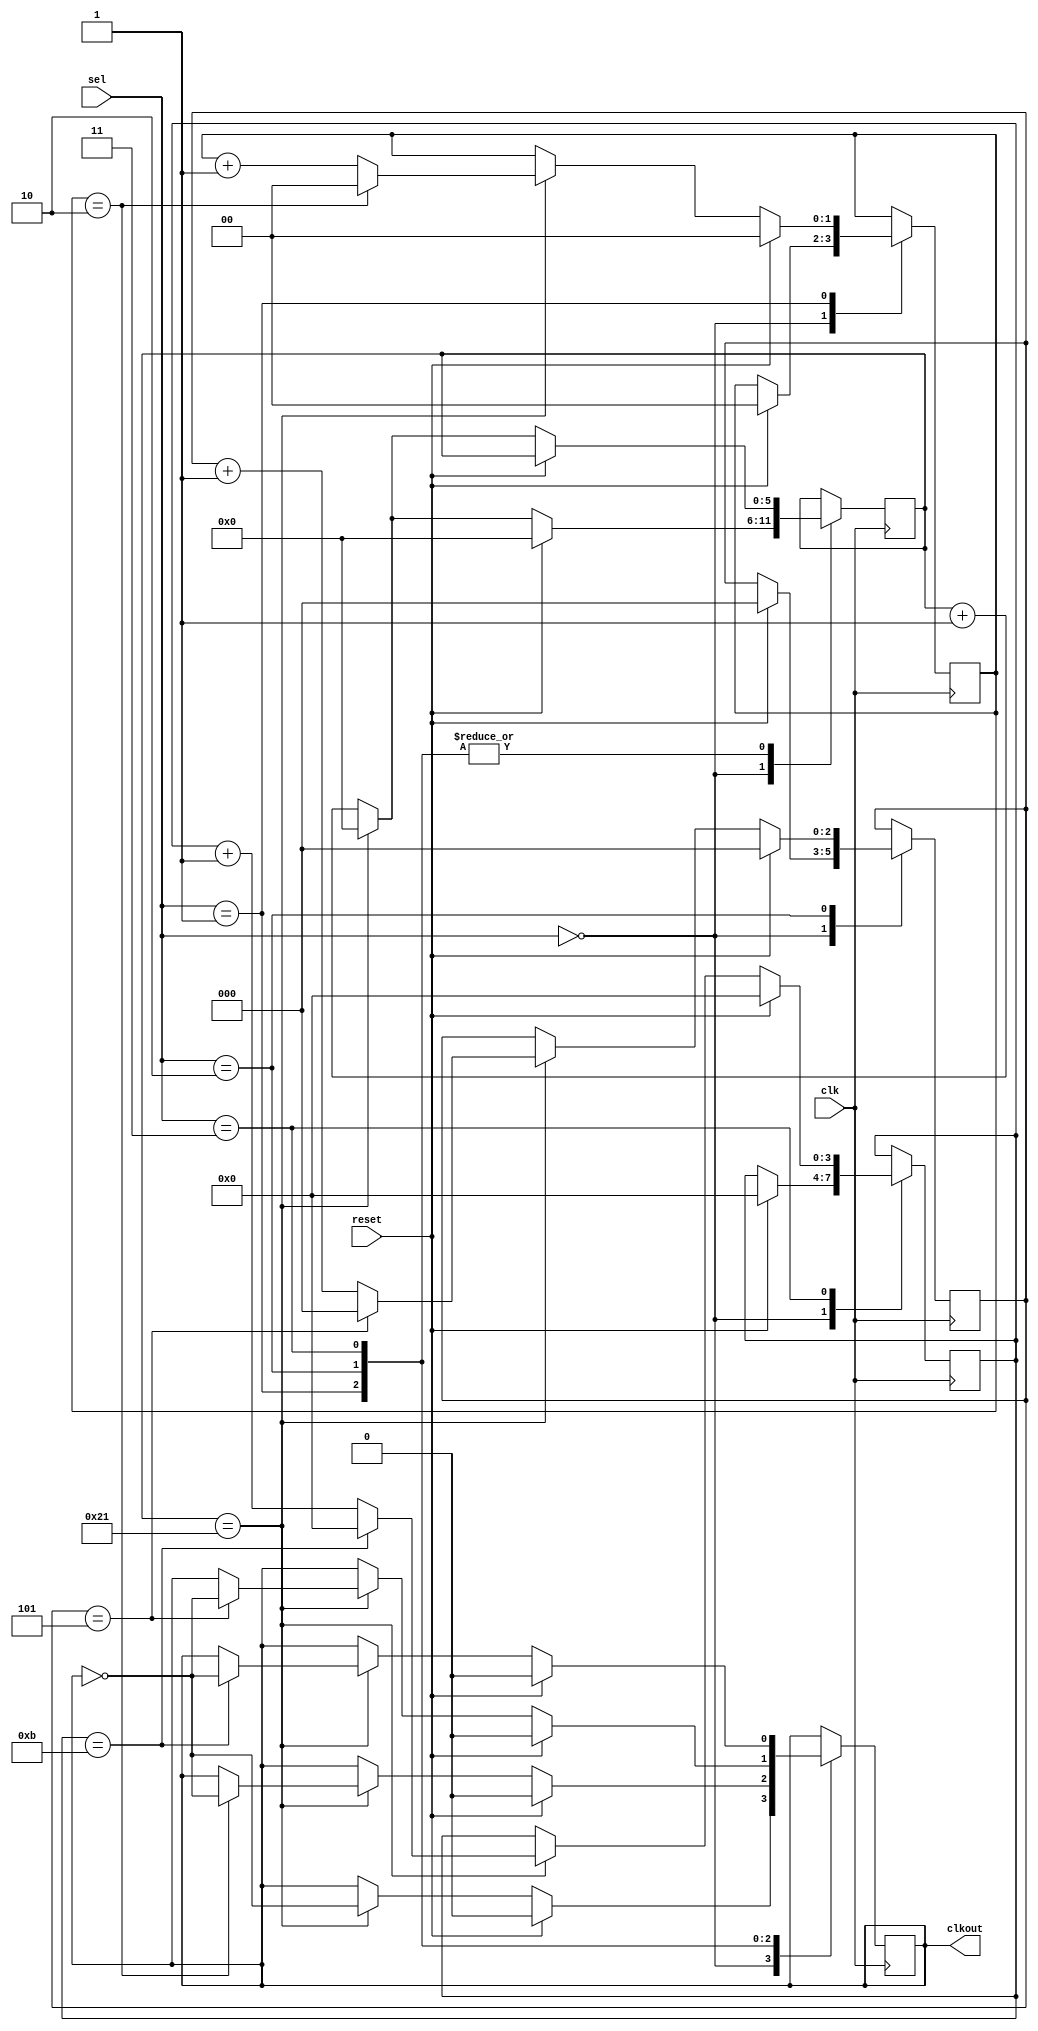
// Code your design here
`timescale 100ps / 100ps

module pes_brg( clk,reset,sel,clkout);
	 
input clk,reset;
input [1:0]sel;
output reg clkout;

parameter DIV1=34;//fsystem/f1152*2,fsystem=125Mhz

reg[5:0] cnt1=0;
reg[1:0] cnt2=0;
reg[2:0] cnt3=0;
reg[3:0] cnt4=0;
always@(posedge clk)
	case(sel)
		//clk for 115200bps
	2'b00:
		begin
		if(reset)
			begin
			cnt1<=0;
			cnt2<=0;
			cnt3<=0;
			cnt4<=0;
			clkout<=0;
			end
		else
		begin
			if(cnt1==(DIV1-1))
				begin
				cnt1 <= 0;
				clkout<=~clkout;
				end
			else
				cnt1<=cnt1+1;
		end
		end

		//clk for 38400bps
	2'b01:
		begin
		if(reset)
			begin
			cnt2<=0;
			clkout<=0;
			end
		else
			begin
			if(cnt1==(DIV1-1))
				begin
					cnt1<=0;
					if(cnt2==2)
						begin
						cnt2<=0;
						clkout<=~clkout;
						end
					else
						cnt2<=cnt2+1;
				end
			else
				cnt1<=cnt1+1;
		end
		
		end


		//clk for 19200bps
	2'b10:
		begin
		if(reset)
			begin
			cnt3<=0;
			clkout<=0;
			end
		else
		begin
		if(cnt1==(DIV1-1))
			begin
			cnt1<=0;
			
			if(cnt3==5)
				begin
				cnt3<=0;
				clkout<=~clkout;
				end
			else
				cnt3<=cnt3+1;
			end
		else 
			cnt1<=cnt1+1;
		end
		
		end

		//clk for 9600bps
	2'b11:
		begin
		if(reset)
			begin
			cnt4<=0;
			clkout<=0;
			end
		else
			begin
			if(cnt1==(DIV1-1))
				begin
					cnt1<=0;
					if(cnt4==11)
					begin
					cnt4<=0;
					clkout<=~clkout;
					end
					else
					cnt4<=cnt4+1;
				end
			else
				cnt1<=cnt1+1;
			end
		end
	
	endcase
endmodule